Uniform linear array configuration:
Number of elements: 4
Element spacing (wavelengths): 0.25
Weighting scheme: hann
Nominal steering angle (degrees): -45
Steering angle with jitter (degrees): -44.585
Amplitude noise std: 0.05
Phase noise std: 0.05

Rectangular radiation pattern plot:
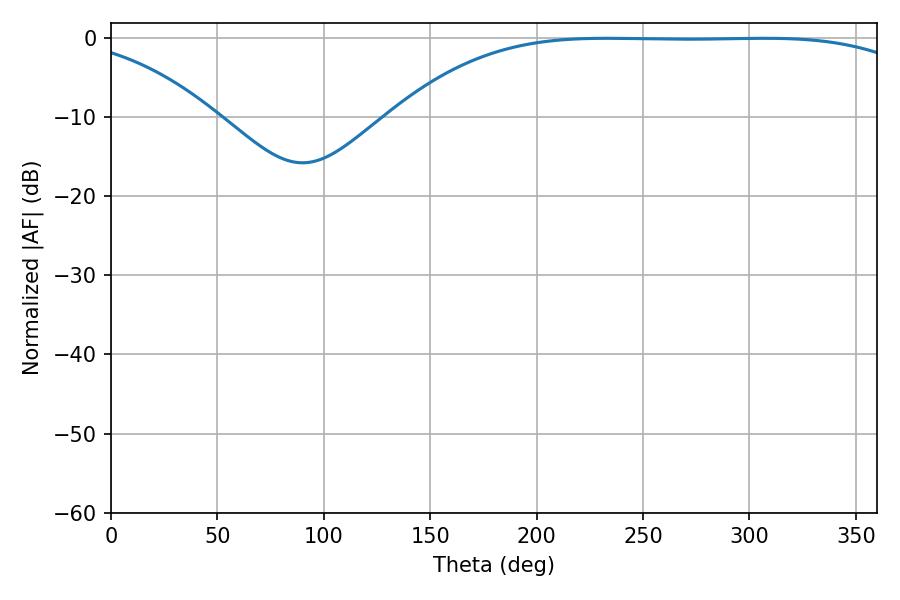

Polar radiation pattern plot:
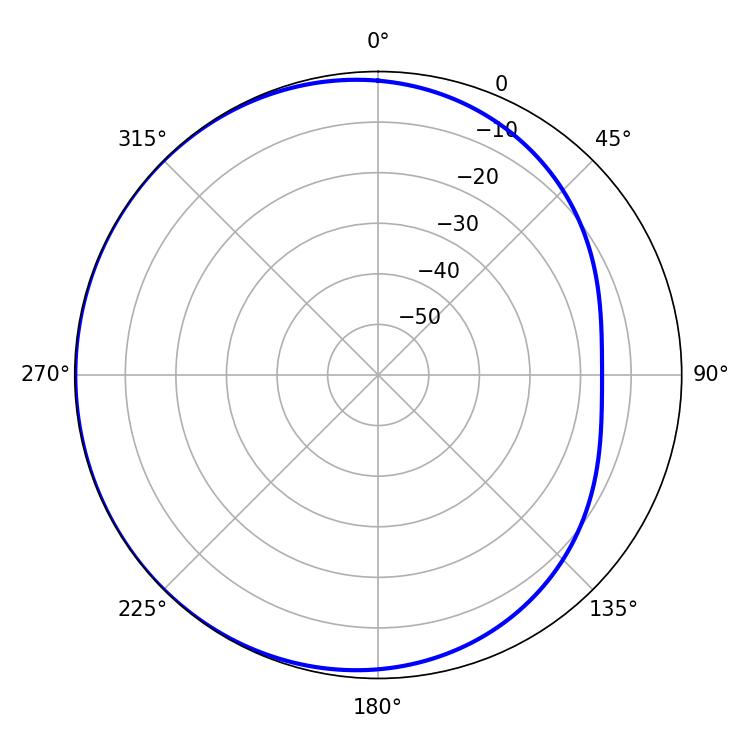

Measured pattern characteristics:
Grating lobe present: FALSE
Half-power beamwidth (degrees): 191.7
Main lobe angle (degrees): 232.74